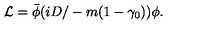
{ \cal L } = { \bar { \phi } } ( i { D \slash } - m ( 1 - \gamma _ { 0 } ) ) \phi .